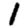
Digit: 1